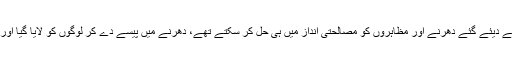
وزیراعظم کا کہنا تھا کہ مذہبی جماعتوں کی جانب سے دیئے گئے دھرنے اور مظاہروں کو مصالحتی انداز میں ہی حل کر سکتے تھے، دھرنے میں پیسے دے کر لوگوں کو لایا گیا اور اگر دھرنا ختم نہ ہوتا تو حکومتیں ختم ہو سکتی تھیں۔